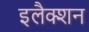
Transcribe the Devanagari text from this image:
इलैक्शन